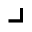
\lrcorner